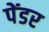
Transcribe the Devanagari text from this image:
पेंडर